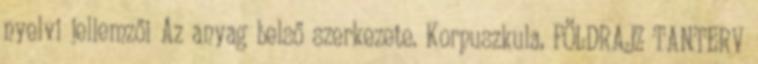
nyelvi jellemzői Az anyag belső szerkezete. Korpuszkula, FÖLDRAJZ TANTERV